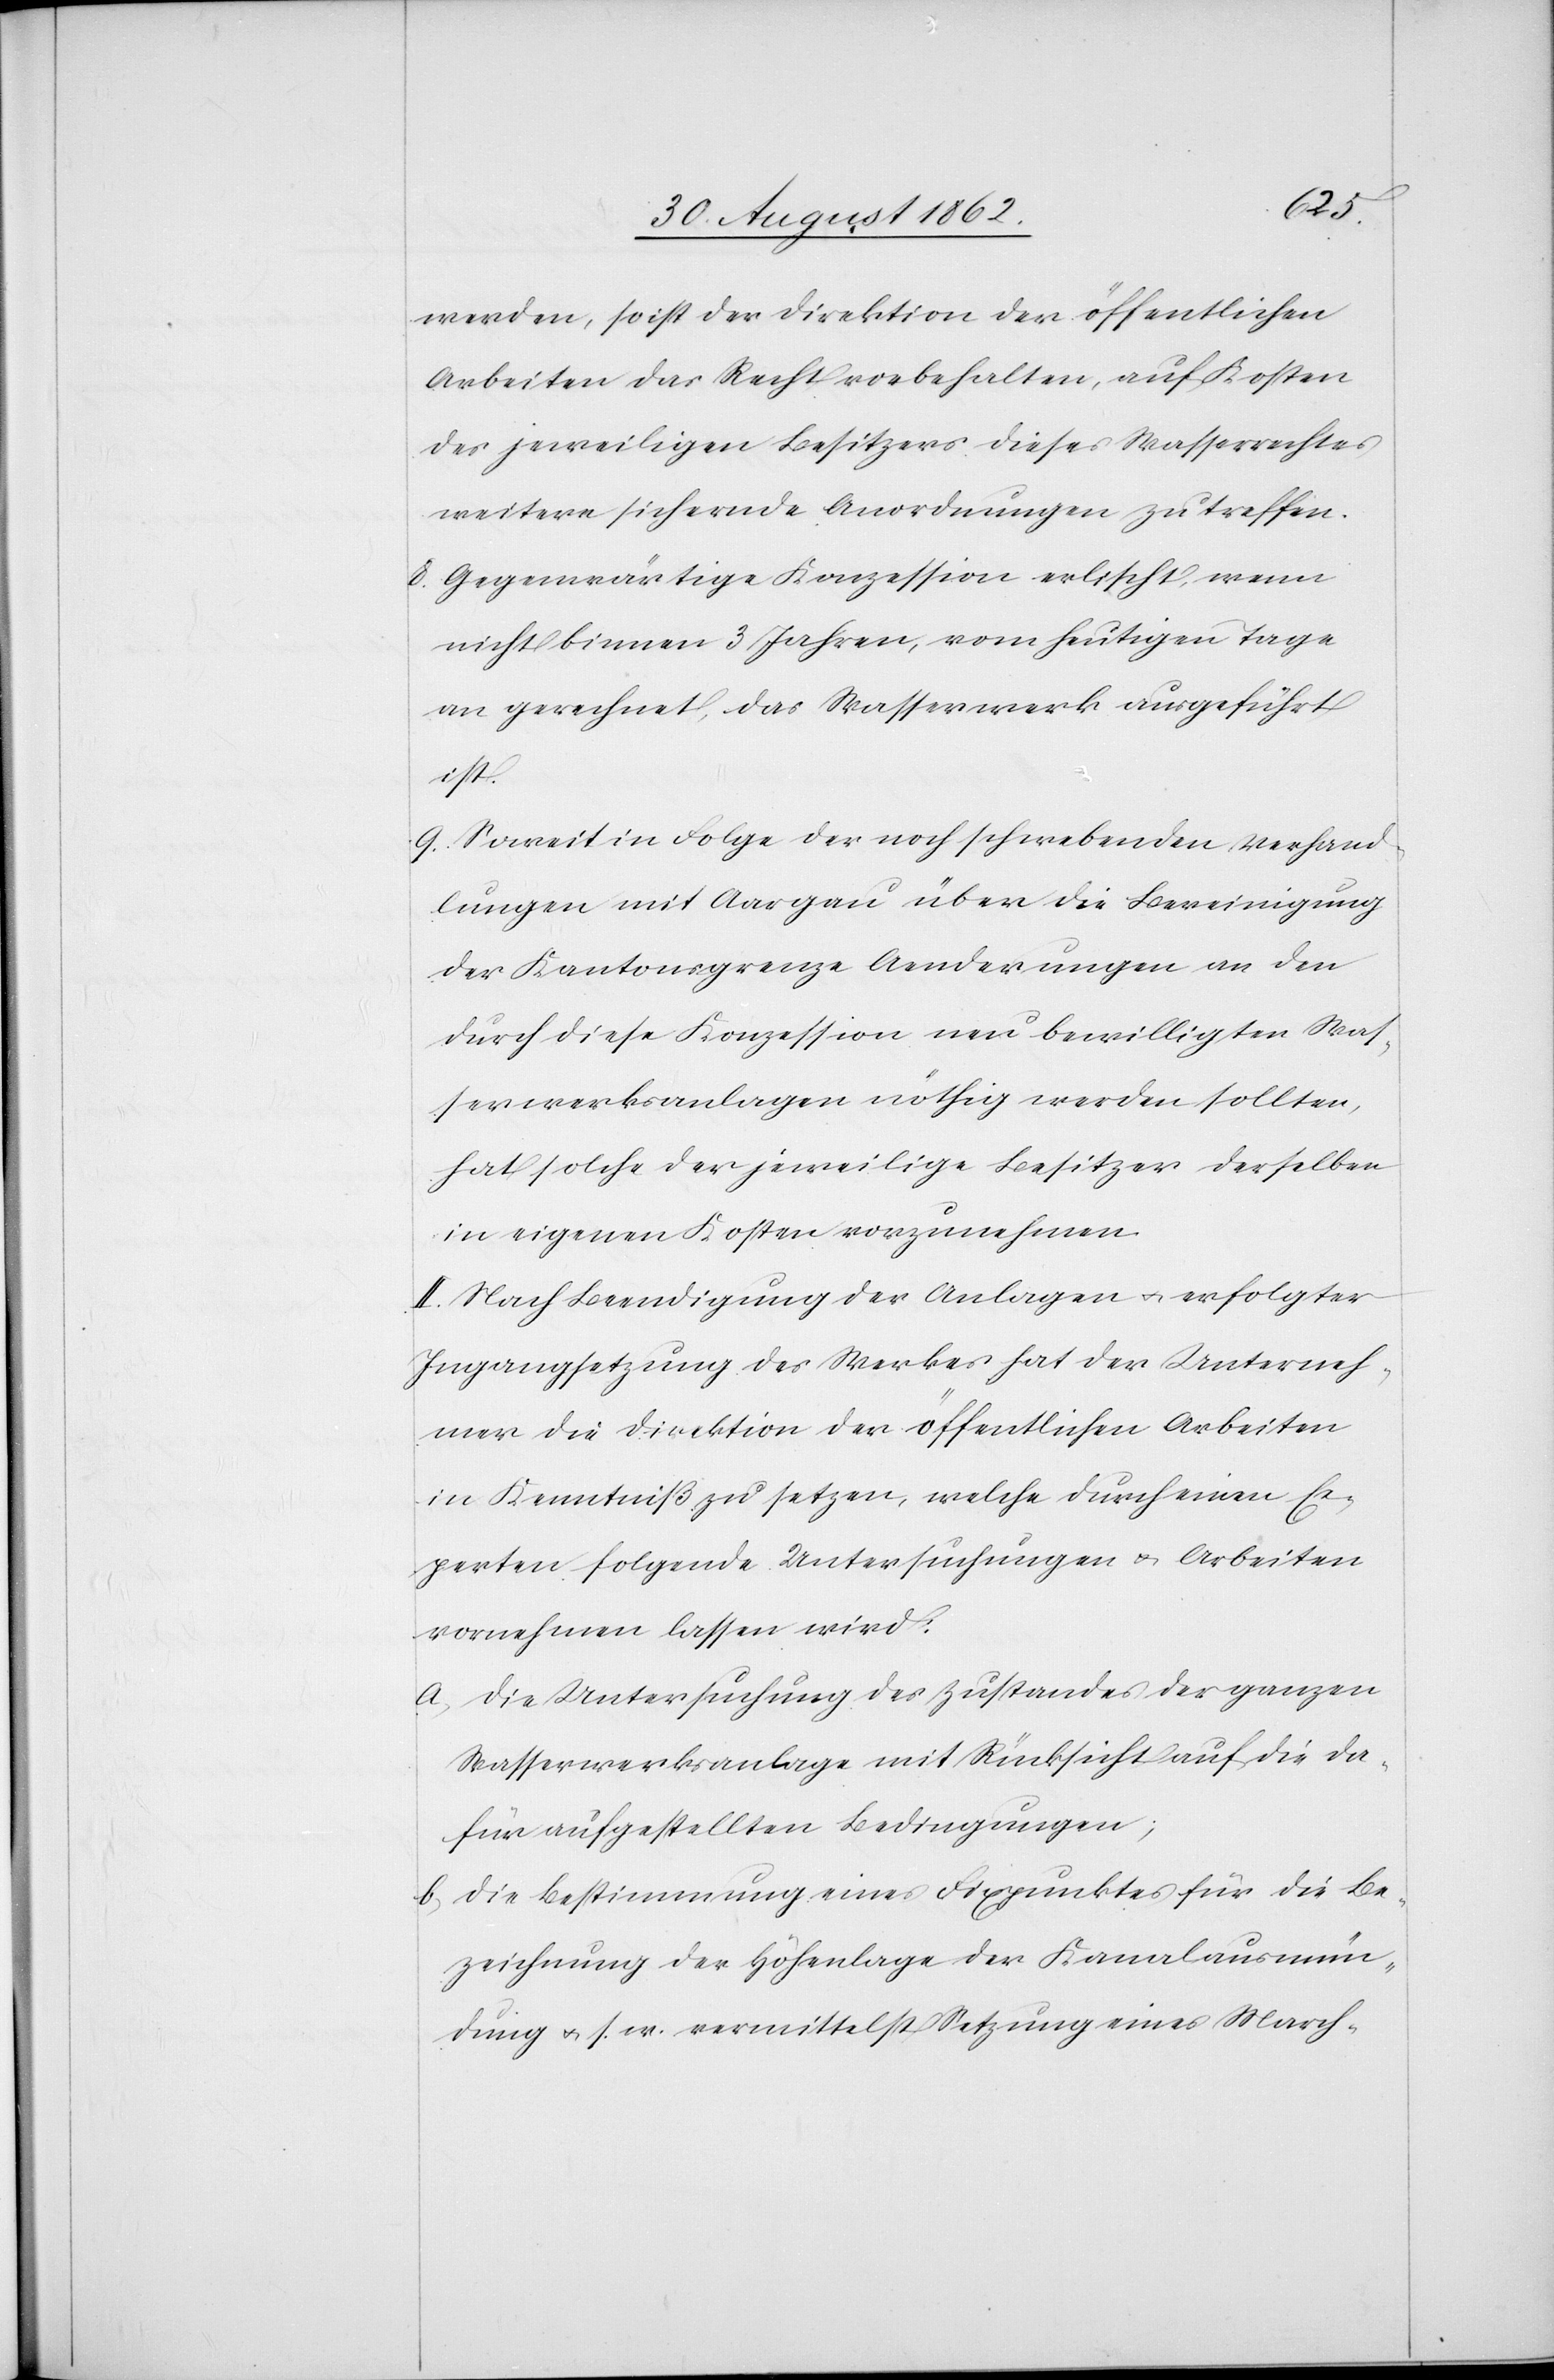
werden, so ist der Direktion der öffentlichen
Arbeiten das Recht vorbehalten, auf Kosten
des jeweiligen Besitzers dieses Wasserrechtes
weitere sichernde Anordnungen zu treffen.
8. Gegenwärtige Konzession erlischt, wenn
nicht binnen 3 Jahren, vom heutigen Tage
an gerechnet, das Wasserwerk ausgeführt
ist.
9. Soweit in Folge der noch schwebenden Verhand¬
lungen mit Aargau über die Bereinigung
der Kantonsgrenze Aenderungen an den
durch die Konzession neu bewilligten Was¬
serwerksanlagen nöthig werden sollten,
hat solche der jeweilige Besitzer derselben
in eigenen Kosten vorzunehmen.
II. Nach Beendigung der Anlagen u. erfolgter
Ingangsetzung des Werkes hat der Unterneh¬
mer die Direktion der öffentlichen Arbeiten
in Kenntniß zu setzen, welche durch einen Ex¬
perten folgende Untersuchungen u. Arbeiten
vornehmen lassen wird:
a) Die Untersuchung des Zustandes der ganzen
Wasserwerksanlage mit Rücksicht auf die da¬
für aufgestellten Bedingungen;
b) Die Bestimmung eines Fixpunktes für die Be¬
zeichnung der Höhenlage der Kanalausmün¬
dung u. s. w. vermittelst Setzung eines March-